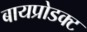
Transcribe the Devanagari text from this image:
बायप्रोडक्ट